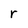
Character: r